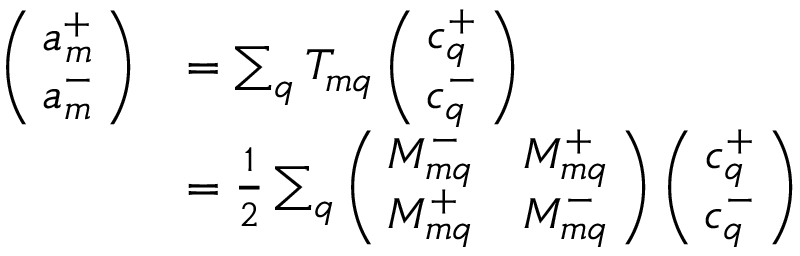
\begin{array} { r l } { \left( \! \! \begin{array} { c } { a _ { m } ^ { + } } \\ { a _ { m } ^ { - } } \end{array} \! \! \right) } & { = \sum _ { q } T _ { m q } \left( \! \! \begin{array} { c } { c _ { q } ^ { + } } \\ { c _ { q } ^ { - } } \end{array} \! \! \right) } \\ & { = \frac { 1 } { 2 } \sum _ { q } \left( \! \! \begin{array} { c c } { M _ { m q } ^ { - } } & { M _ { m q } ^ { + } } \\ { M _ { m q } ^ { + } } & { M _ { m q } ^ { - } } \end{array} \! \! \right) \left( \! \! \begin{array} { c } { c _ { q } ^ { + } } \\ { c _ { q } ^ { - } } \end{array} \! \! \right) } \end{array}